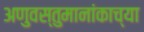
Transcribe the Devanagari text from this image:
अणुवस्तुमानांकाच्या